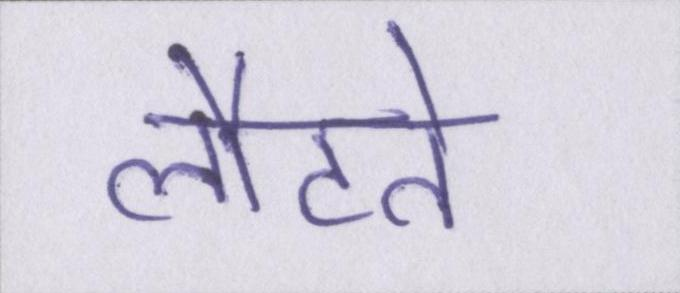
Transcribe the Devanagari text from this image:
लौटते